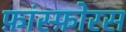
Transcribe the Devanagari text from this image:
फ़ांस्फ़ोरस